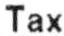
TAX